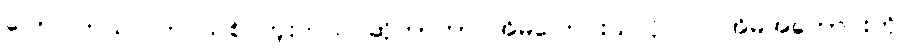
ပြောပါတယ်။ ဘဝသစ် ကူးတယ် ဆိုတာဟာ အိမ်ပြောင်းသလိုပါပဲ။ အိမ်အဟောင်းကို